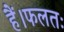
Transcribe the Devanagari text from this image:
हैं।फलतः